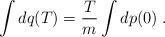
LaTeX: \begin{align*}\int dq(T) = \frac{T}{m} \int dp(0) \; .\end{align*}